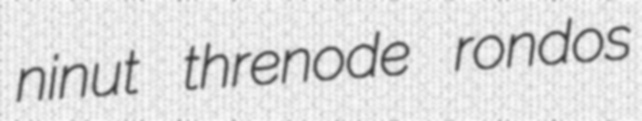
ninut threnode rondos